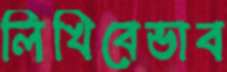
লিখিবেভাব